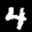
Label: 4